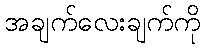
အချက်လေးချက်ကို